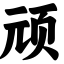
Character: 顽